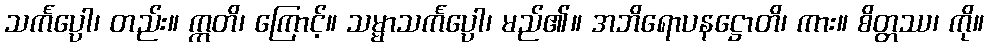
သင်္ကပ္ပေါ၊ တည်း။ ဣတိ၊ ကြောင့်။ သမ္မာသင်္ကပ္ပေါ၊ မည်၏။ အဘိရောပနဋ္ဌောတိ၊ ကား။ စိတ္တဿ၊ ကို။